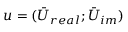
u = ( \bar { U } _ { r e a l } ; \bar { U } _ { i m } )